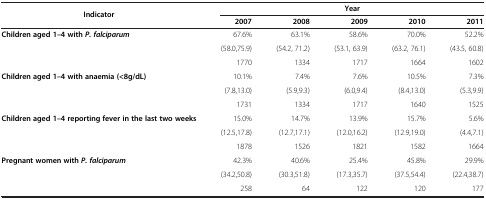
<table><thead><tr><td rowspan="2"><b>Indicator</b></td><td colspan="5"><b>Year</b></td></tr><tr><td><b>2007</b></td><td><b>2008</b></td><td><b>2009</b></td><td><b>2010</b></td><td><b>2011</b></td></tr></thead><tbody><tr><td rowspan="3"><b>Children aged 1–4 with </b><b><i>P. falciparum</i></b></td><td>67.6%</td><td>63.1%</td><td>58.6%</td><td>70.0%</td><td>52.2%</td></tr><tr><td>(58.0,75.9)</td><td>(54.2, 71.2)</td><td>(53.1, 63.9)</td><td>(63.2, 76.1)</td><td>(43.5, 60.8)</td></tr><tr><td>1770</td><td>1334</td><td>1717</td><td>1664</td><td>1602</td></tr><tr><td rowspan="3"><b>Children aged 1–4 with anaemia (&lt;8g/dL)</b></td><td>10.1%</td><td>7.4%</td><td>7.6%</td><td>10.5%</td><td>7.3%</td></tr><tr><td>(7.8,13.0)</td><td>(5.9,9.3)</td><td>(6.0,9.4)</td><td>(8.4,13.0)</td><td>(5.3,9.9)</td></tr><tr><td>1731</td><td>1334</td><td>1717</td><td>1640</td><td>1525</td></tr><tr><td rowspan="3"><b>Children aged 1–4 reporting fever in the last two weeks</b></td><td>15.0%</td><td>14.7%</td><td>13.9%</td><td>15.7%</td><td>5.6%</td></tr><tr><td>(12.5,17.8)</td><td>(12.7,17.1)</td><td>(12.0,16.2)</td><td>(12.9,19.0)</td><td>(4.4,7.1)</td></tr><tr><td>1878</td><td>1526</td><td>1821</td><td>1582</td><td>1664</td></tr><tr><td rowspan="3"><b>Pregnant women with </b><b><i>P. falciparum</i></b></td><td>42.3%</td><td>40.6%</td><td>25.4%</td><td>45.8%</td><td>29.9%</td></tr><tr><td>(34.2,50.8)</td><td>(30.3,51.8)</td><td>(17.3,35.7)</td><td>(37.5,54.4)</td><td>(22.4,38.7)</td></tr><tr><td>258</td><td>64</td><td>122</td><td>120</td><td>177</td></tr></tbody></table>